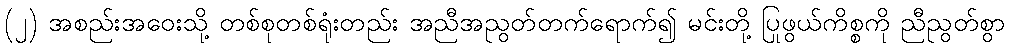
(၂) အစည်းအဝေးသို့ တစ်စုတစ်ရုံးတည်း အညီအညွတ်တက်ရောက်၍ မင်းတို့ ပြုဖွယ်ကိစ္စကို ညီညွတ်စွာ